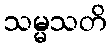
သမ္မသတိ